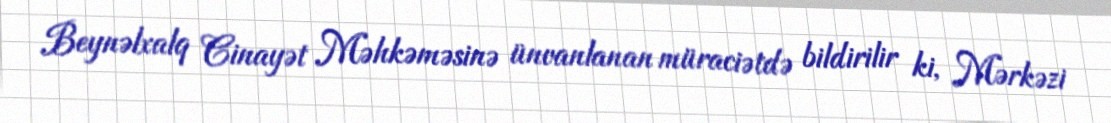
Beynəlxalq Cinayət Məhkəməsinə ünvanlanan müraciətdə bildirilir ki, Mərkəzi